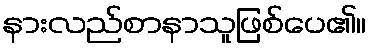
နားလည်စာနာသူဖြစ်ပေ၏။